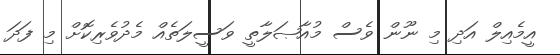
އީމެއިލް އަދި މި ނޫން ވެސް މުއާޞަލާތީ ވަސީލަތެއް މެދުވެރިކޮށް މި ފަދަ